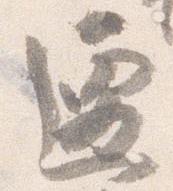
遷